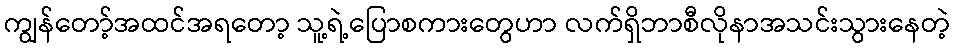
ကျွန်တော့်အထင်အရတော့ သူ့ရဲ့ပြောစကားတွေဟာ လက်ရှိဘာစီလိုနာအသင်းသွားနေတဲ့